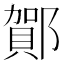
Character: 𲆝